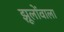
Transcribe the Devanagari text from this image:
झूलोंवाला